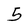
Character: 5